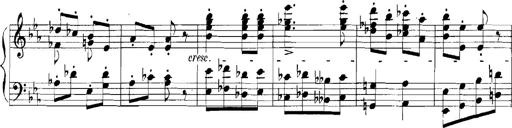
Title: Rhapsodies hongroises
Composer: Franz Liszt